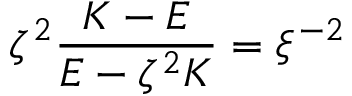
\zeta ^ { 2 } \frac { K - E } { E - \zeta ^ { 2 } K } = \xi ^ { - 2 }